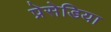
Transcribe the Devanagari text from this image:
प्रेसेडिया